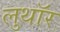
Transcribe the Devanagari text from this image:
लुथाॅर